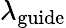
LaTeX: \lambda_{\mathrm{guide}}